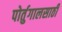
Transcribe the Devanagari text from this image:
पोर्तुगालसाठी